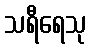
သရီရေသု